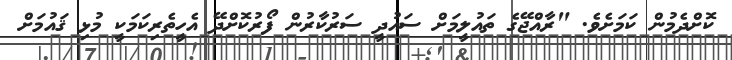
ކޮށްދެމުން ކަމަށެވެ. "ރާއްޖޭގެ ތައުލީމަށް ސައުދީ ސަރުކާރުން ފޯރުކޮށްދޭ އެހީތެރިކަމަކީ މުޅި ޤައުމަށް